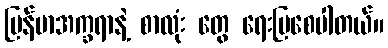
မြန်မာအက္ခရာနဲ့ စာလုံး တွေ ရေးပြစေပါတယ်။